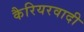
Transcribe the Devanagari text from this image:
कैरियरवादी